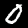
Digit: 0